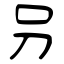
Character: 叧